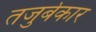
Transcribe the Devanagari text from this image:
तजुर्बेकार